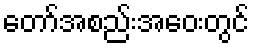
တော်အစည်းအဝေးတွင်